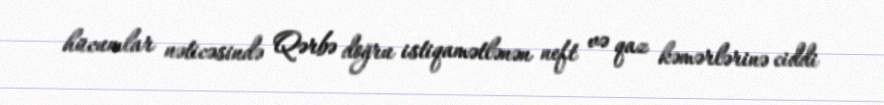
hücumlar nəticəsində Qərbə doğru istiqamətlənən neft və qaz kəmərlərinə ciddi